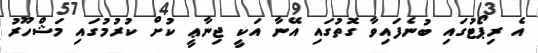
އެ ރިޕޯޓުގައި ބުނެފައިވާ ގޮތުގައި އޭނާ އަކީ ޖިނާޢީ ކުށް ކުރުމުގައި މަޝްހޫރު